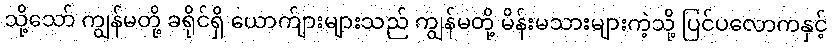
သို့သော် ကျွန်မတို့ ခရိုင်ရှိ ယောက်ျားများသည် ကျွန်မတို့ မိန်းမသားများကဲ့သို့ ပြင်ပလောကနှင့်